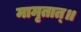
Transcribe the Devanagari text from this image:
मामृतात्॥